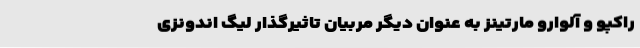
راکپو و آلوارو مارتینز به عنوان دیگر مربیان تاثیرگذار لیگ اندونزی